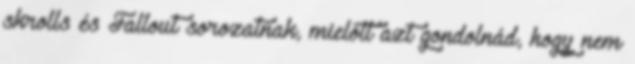
skrolls és Fallout sorozatnak, mielőtt azt gondolnád, hogy nem